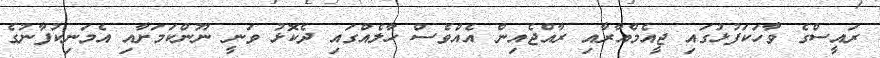
ރައީސްގެ ވާހަކަފުޅުގައި ޖީއެމްއާރާއި ރާއްޖެއިން އެއްވެސް ހާލެއްގައި ދެކޮޅު ވަނީ ނޫންކަމަށާއި އެމަނިކުފާނުގެ